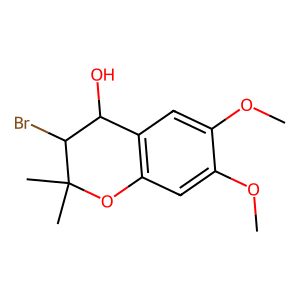
SMILES: COc1cc2c(cc1OC)C(O)C(Br)C(C)(C)O2
Inhibits HIV replication: No